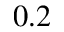
0 . 2